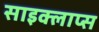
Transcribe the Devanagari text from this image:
साइक्लाप्स